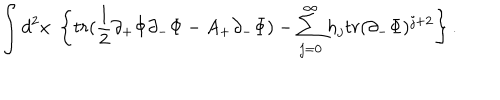
\int d ^ { 2 } x \; \left\{ t r ( \frac { 1 } { 2 } \partial _ { + } \Phi \partial _ { - } \Phi - A _ { + } \partial _ { - } \Phi ) - \sum _ { j = 0 } ^ { \infty } h _ { j } t r ( \partial _ { - } \Phi ) ^ { j + 2 } \right\} .